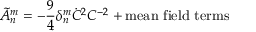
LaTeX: \tilde { \cal A } _ { n } ^ { m } = - \frac { 9 } { 4 } \delta _ { n } ^ { m } \dot { C } ^ { 2 } C ^ { - 2 } + \mathrm { m e a n ~ f i e l d ~ t e r m s }